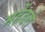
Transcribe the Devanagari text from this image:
महेंडले